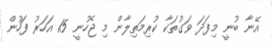
އޭނާ ބުނީ މިފަދަ ވަގުތަކާ ކުރިމަތިލާން މި ޖެހުނީ 15 އަހަރު ފަހުން